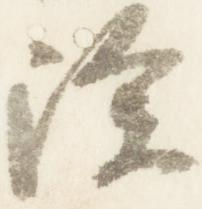
除